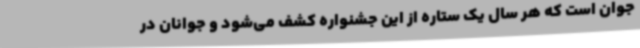
جوان است که هر سال یک ستاره از این جشنواره کشف می‌شود و جوانان در